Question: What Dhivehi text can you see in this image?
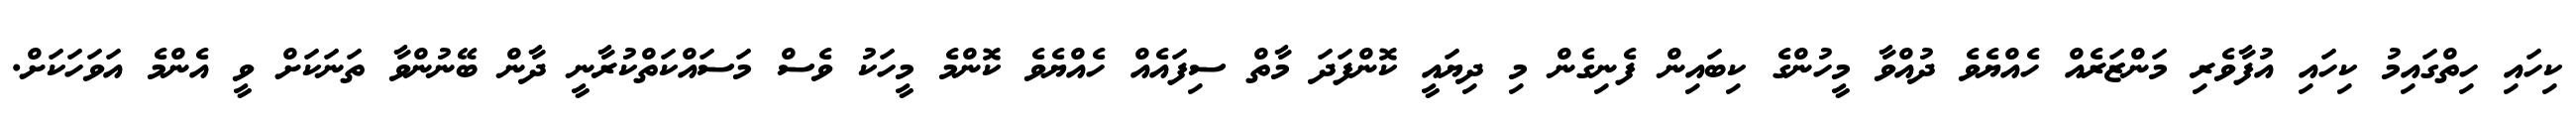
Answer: ކިހައި ހިތްގައިމު ކިހައި އުފާވެރި މަންޒަރެއް ހެއްޔެވެ ދުއްވާ މީހުންގެ ކިބައިން ފެނިގެން މި ދިޔައީ ކޮންފަދަ މާތް ސިފައެއް ހެއްޔެވެ ކޮންމެ މީހަކު ވެސް މަސައްކަތްކުރާނީ ދާން ބޭނުންވާ ތަނަކަށް ވީ އެންމެ އަވަހަކަށް.